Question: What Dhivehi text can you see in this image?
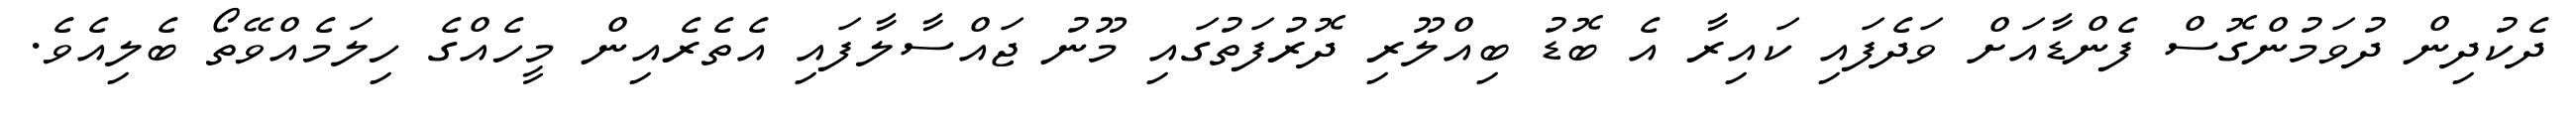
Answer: ދެކުދިން ދުވަމުންގޮސް ފެންޑާއަށް ވަދެފައި ކައިރާ އެ ބޮޑު ބިއްލޫރި ދޮރުފަތުގައި މޫނު ޖައްސާލާފައި އެތެރެއިން މީހެއްގެ ހިލަމެއްވޭތޯ ބެލިއެވެ.